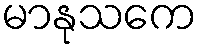
မာနုသကေ